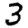
Digit: 3